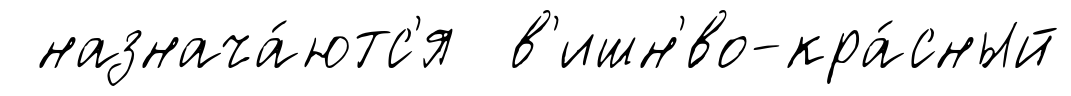
назнача́ютс'я в'ишн'́во-кра́сный